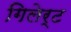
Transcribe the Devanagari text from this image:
गिलेर्ट